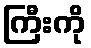
ကြီးကို